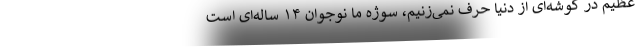
عظیم در گوشه‌ای از دنیا حرف نمی‌زنیم، سوژه ما نوجوان ۱۴ ساله‌ای است